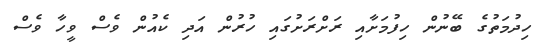
ހިދުމަތުގެ ބޭނުން ހިފުމަށާއި ރަށްރަށުގައި ހުރުން އަދި ކެއުން ވެސް ވީހާ ވެސް